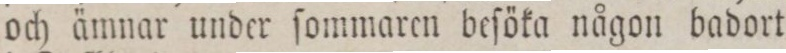
och ämnar under ſommaren beſöka någon badort